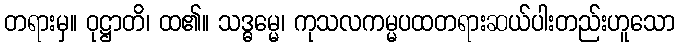
တရားမှ။ ဝုဋ္ဌာတိ၊ ထ၏။ သဒ္ဓမ္မေ၊ ကုသလကမ္မပထတရားဆယ်ပါးတည်းဟူသော